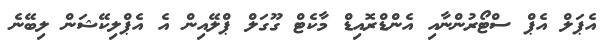
އެޕަލް އެޕް ސްޓޯރުންނާއި އެންޑްރޮއިޑް މާކެޓް ގޫގަލް ޕްލޭއިން އެ އެޕްލިކޭޝަން ލިބޭނެ